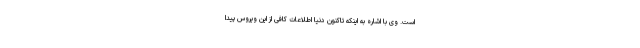
است. وی با اشاره به اینکه تاکنون دنیا اطلاعات کافی از این ویروس پیدا